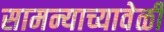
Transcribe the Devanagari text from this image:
सामन्याच्यावेळी